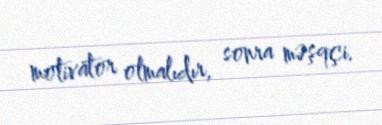
motivator olmalıdır, sonra məşqçi.